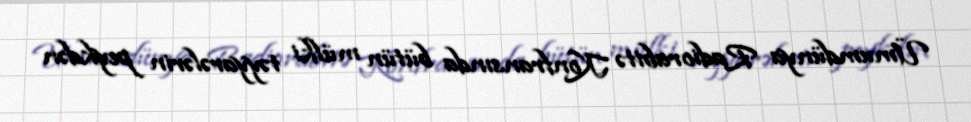
Ümumdünya Radiorabitə Konfransında bütün mülki təyyarələrin peykdən